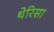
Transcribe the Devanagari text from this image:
थेरिसा